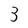
Character: 3